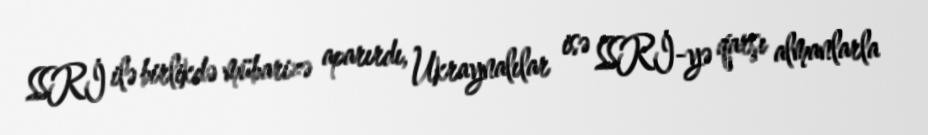
SSRİ ilə birlikdə mübarizə aparırdı, Ukraynalılar isə SSRİ-yə qarşı almanlarla